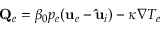
{ \bf { Q } } _ { e } = \beta _ { 0 } p _ { e } ( { \bf { u } } _ { e } - { \bf { \hat { u } } } _ { i } ) - \kappa \nabla T _ { e }